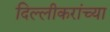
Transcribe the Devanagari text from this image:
दिल्लीकरांच्या